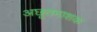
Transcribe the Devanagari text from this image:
अछूतनाशक